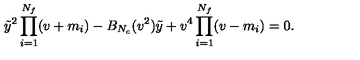
\tilde { y } ^ { 2 } \prod _ { i = 1 } ^ { N _ { f } } ( v + m _ { i } ) - B _ { N _ { c } } ( v ^ { 2 } ) \tilde { y } + v ^ { 4 } \prod _ { i = 1 } ^ { N _ { f } } ( v - m _ { i } ) = 0 .